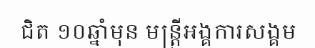
ជិត ១០ឆ្នាំមុន មន្ត្រីអង្គការសង្គម